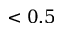
< 0 . 5